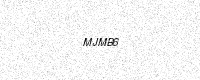
Text: MJMB6